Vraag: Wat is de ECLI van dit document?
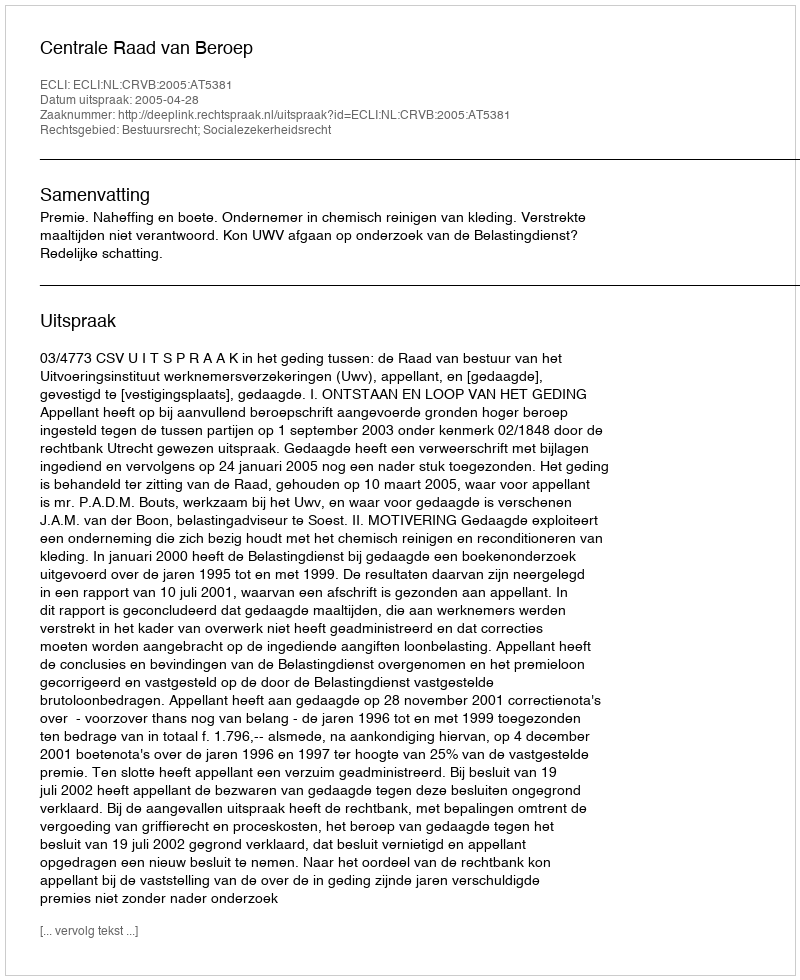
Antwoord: ECLI:NL:CRVB:2005:AT5381